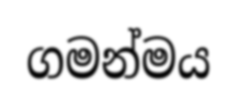
ගමන්මය